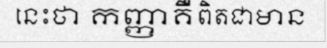
នេះថា កញ្ញាគឺពិតជាមាន